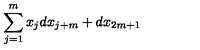
\sum _ { j = 1 } ^ { m } x _ { j } d x _ { j + m } + d x _ { 2 m + 1 }